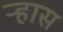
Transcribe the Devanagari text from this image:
ऱ्हास